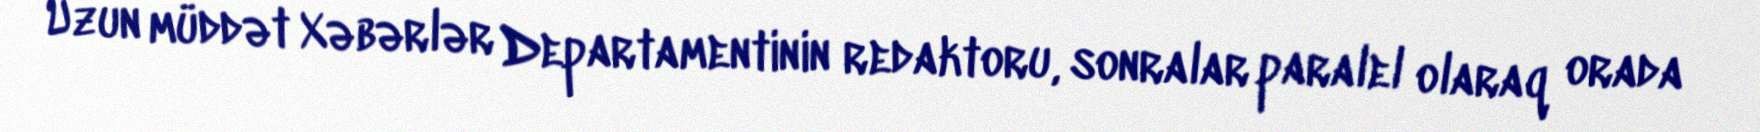
Uzun müddət Xəbərlər Departamentinin redaktoru, sonralar paralel olaraq orada